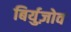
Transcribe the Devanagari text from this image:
बिर्युज़ोव